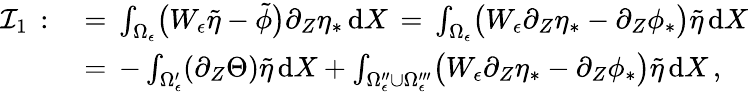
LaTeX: \begin{array}{rl}{\mathcal{I}_{1}\, :}&{{}=\, \int_{\Omega_{\epsilon}}\bigl(W_{\epsilon}\tilde{\eta}-\tilde{\phi}\bigr)\partial_{Z}\eta_{*}\, \mathrm{d}X\, =\, \int_{\Omega_{\epsilon}}\bigl(W_{\epsilon}\partial_{Z}\eta_{*}-\partial_{Z}\phi_{*}\bigr)\tilde{\eta}\, \mathrm{d}X}\\ {\, }&{{}=\, -\int_{\Omega_{\epsilon}^{\prime}}(\partial_{Z}\Theta)\tilde{\eta}\, \mathrm{d}X+\int_{\Omega_{\epsilon}^{\prime\prime}\cup\Omega_{\epsilon}^{\prime\prime\prime}}\bigl(W_{\epsilon}\partial_{Z}\eta_{*}-\partial_{Z}\phi_{*}\bigr)\tilde{\eta}\, \mathrm{d}X\, ,}\end{array}